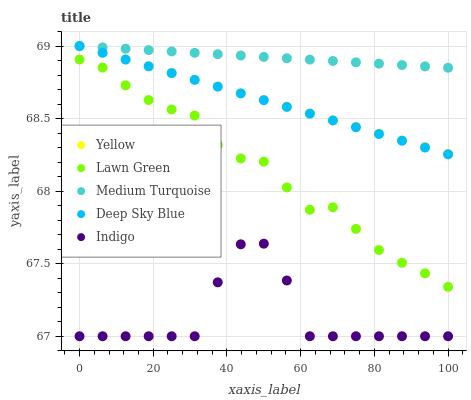
| xaxis_label | Yellow | Lawn Green | Medium Turquoise | Deep Sky Blue | Indigo |
 | --- | --- | --- | --- | --- | --- |
 | 0 | 69 | 68.9 | 69 | 69 | 67 |
 | 6.25 | 69 | 68.9 | 69 | 69 | 67 |
 | 12.5 | 68.9 | 68.7 | 69 | 68.9 | 67 |
 | 18.8 | 68.9 | 68.6 | 69 | 68.9 | 67 |
 | 25 | 68.8 | 68.6 | 69 | 68.8 | 67 |
 | 31.2 | 68.8 | 68.5 | 69 | 68.8 | 67 |
 | 37.5 | 68.7 | 68.3 | 68.9 | 68.7 | 67.4 |
 | 43.8 | 68.7 | 68.2 | 68.9 | 68.7 | 67.6 |
 | 50 | 68.6 | 68.2 | 68.9 | 68.6 | 67.6 |
 | 56.2 | 68.6 | 68 | 68.9 | 68.6 | 67.4 |
 | 62.5 | 68.5 | 67.9 | 68.9 | 68.5 | 67 |
 | 68.8 | 68.5 | 67.9 | 68.9 | 68.5 | 67 |
 | 75 | 68.4 | 67.7 | 68.9 | 68.4 | 67 |
 | 81.2 | 68.4 | 67.6 | 68.9 | 68.4 | 67 |
 | 87.5 | 68.4 | 67.5 | 68.9 | 68.3 | 67 |
 | 93.8 | 68.3 | 67.4 | 68.9 | 68.3 | 67 |
 | 100 | 68.3 | 67.3 | 68.9 | 68.3 | 67 |